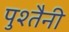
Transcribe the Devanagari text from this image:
पुश्‍तैनी